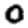
Digit: 0